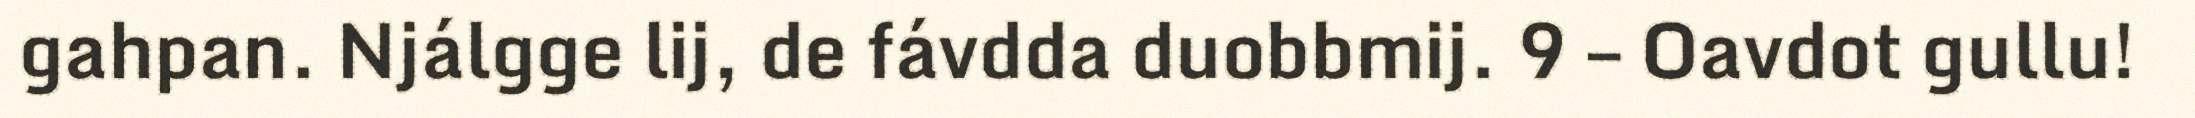
gahpan. Njálgge lij, de fávdda duobbmij. 9 – Oavdot gullu!